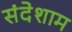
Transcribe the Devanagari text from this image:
संदेशाम